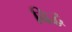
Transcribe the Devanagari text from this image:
बिद्ध